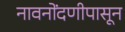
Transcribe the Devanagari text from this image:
नावनोंदणीपासून